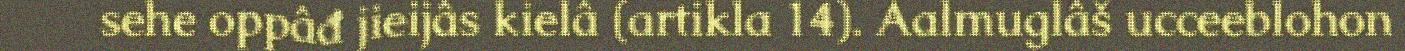
sehe oppâđ jieijâs kielâ (artikla 14). Aalmuglâš ucceeblohon